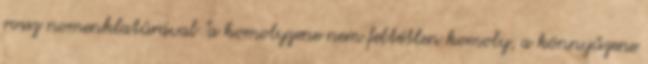
rossz nomenklatúrával "a komolyzene nem feltétlen komoly, a könnyűzene